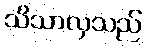
သိသာလှသည်